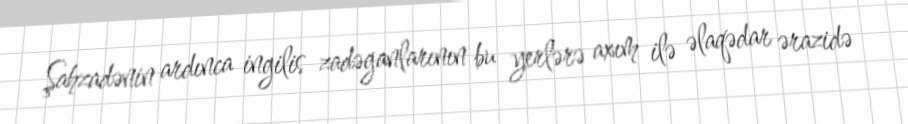
Şahzadənin ardınca ingilis zadəganlarının bu yerlərə axım ilə əlaqədar ərazidə